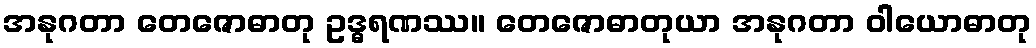
အနုဂတာ တေဇောဓာတု ဥဒ္ဓရဏဿ။ တေဇောဓာတုယာ အနုဂတာ ဝါယောဓာတု